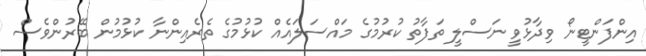
އިންފަންޓީނޯ ވިދާޅުވީ ނަސްލީ ތަފާތު ކުރުމުގެ މައްސަލައެއް ކުޅުމުގެ ތެރެއިންނާ ކުޅުމުން ބޭރުންވެސް